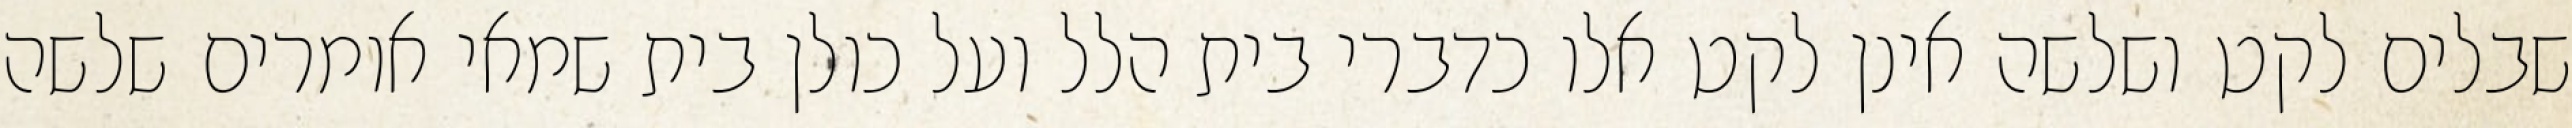
שבלים לקט ושלשה אינן לקט אלו כדברי בית הלל ועל כולן בית שמאי אומרים שלשה